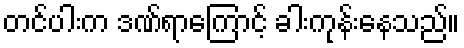
တင်ပါးက ဒဏ်ရာကြောင့် ခါးကုန်းနေသည်။